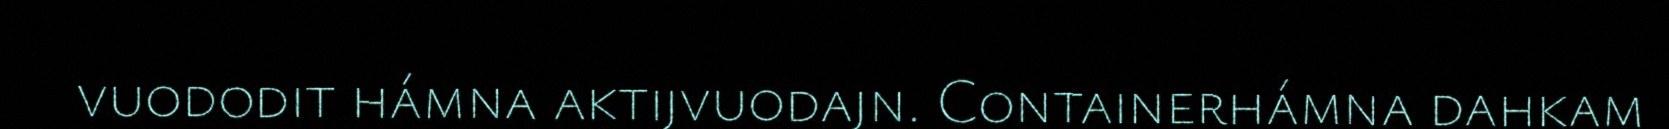
vuododit hámna aktijvuodajn. Containerhámna dahkam